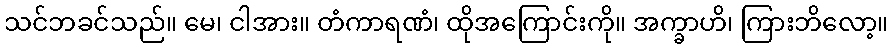
သင်ဘခင်သည်။ မေ၊ ငါအား။ တံကာရဏံ၊ ထိုအကြောင်းကို။ အက္ခာဟိ၊ ကြားဘိလော့။